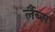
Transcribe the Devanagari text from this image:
र्लैब्स